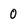
Character: 0